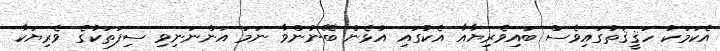
އެކަމަކު ހަޤީޤަތުގައިވެސް ބައިވެރިޔާއާ އެކުގައި އުޅެން ބޭނުންވާ ނަމަ އަންނަނިވި ސިފަތަކުގެ ވެރިޔަކާ